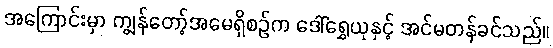
အကြောင်းမှာ ကျွန်တော့်အမေရှိစဉ်က ဒေါ်ရွှေယုနှင့် အင်မတန်ခင်သည်။